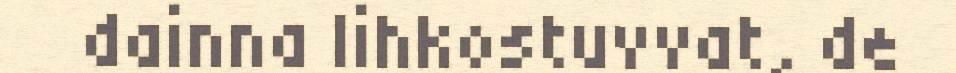
dainna lihkostuvvat, de